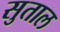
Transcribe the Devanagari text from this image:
सुताल